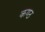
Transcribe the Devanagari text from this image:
कण्‍ठ